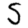
Digit: 5